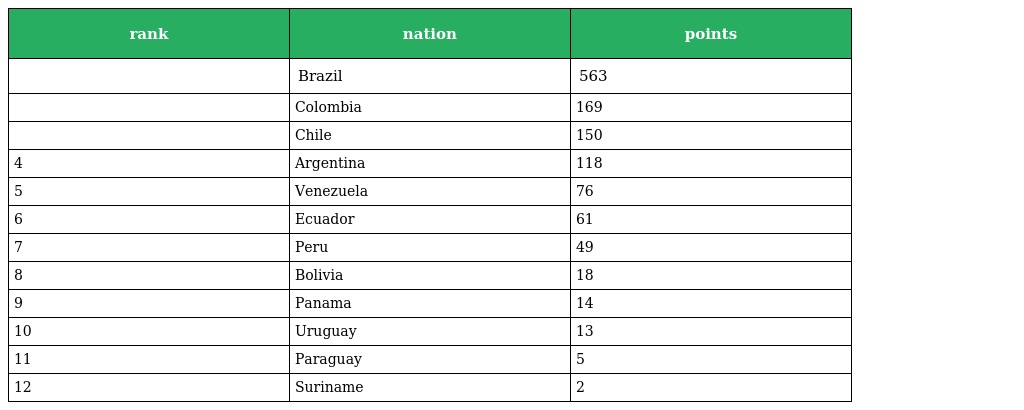
| rank | nation | points |
 | --- | --- | --- |
 |  | Brazil | 563 |
 |  | Colombia | 169 |
 |  | Chile | 150 |
 | 4 | Argentina | 118 |
 | 5 | Venezuela | 76 |
 | 6 | Ecuador | 61 |
 | 7 | Peru | 49 |
 | 8 | Bolivia | 18 |
 | 9 | Panama | 14 |
 | 10 | Uruguay | 13 |
 | 11 | Paraguay | 5 |
 | 12 | Suriname | 2 |